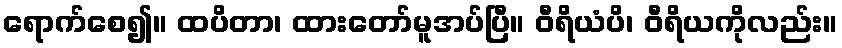
ရောက်စေ၍။ ထပိတာ၊ ထားတော်မူအပ်ပြီ။ ဝီရိယံပိ၊ ဝီရိယကိုလည်း။